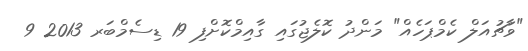
"ވާޗުއަލް ކެމްޕަހެއް" މަންދު ކޮލެޖުގައި ގާއިމްކޮށްފި 19 ޑިސެމްބަރ 2013 9